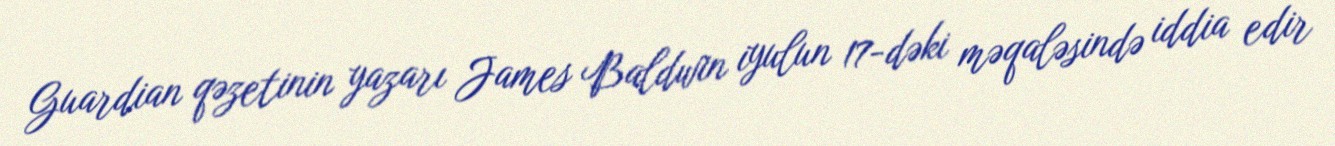
Guardian qəzetinin yazarı James Baldwin iyulun 17-dəki məqaləsində iddia edir